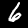
Label: 6